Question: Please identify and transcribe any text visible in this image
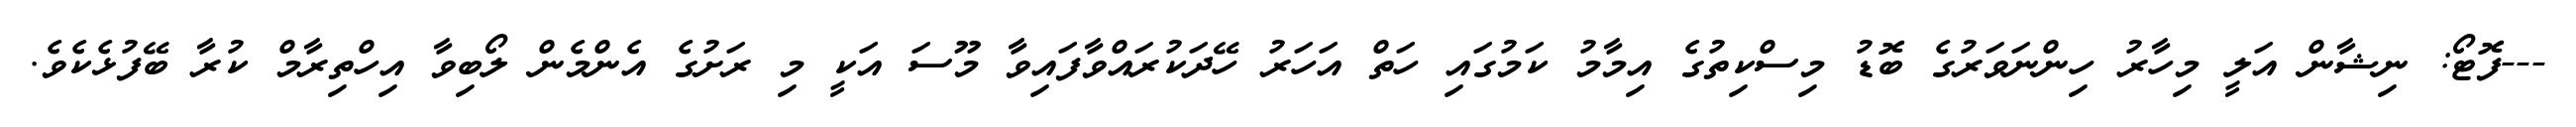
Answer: ---ފޮޓޯ: ނިޝާން އަލީ މިހާރު ހިންނަވަރުގެ ބޮޑު މިސްކިތުގެ އިމާމު ކަމުގައި ހަތް އަހަރު ހޭދަކުރައްވާފައިވާ މޫސަ އަކީ މި ރަށުގެ އެންމެން ލޯބިވާ އިހްތިރާމް ކުރާ ބޭފުޅެކެވެ.